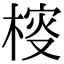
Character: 𣔱